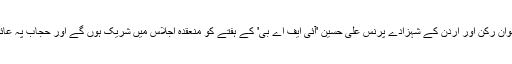
'فیفا' کی ایگزیکٹو کمیٹی کے نوجوان رکن اور اردن کے شہزادے پرنس علی حسین 'آئی ایف اے بی' کے ہفتے کو منعقدہ اجلاس میں شریک ہوں گے اور حجاب پہ عائد پابندی اٹھانے پر زور دیں گے۔